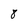
Character: 8